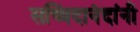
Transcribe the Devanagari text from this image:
सच्चिदानंदांनी